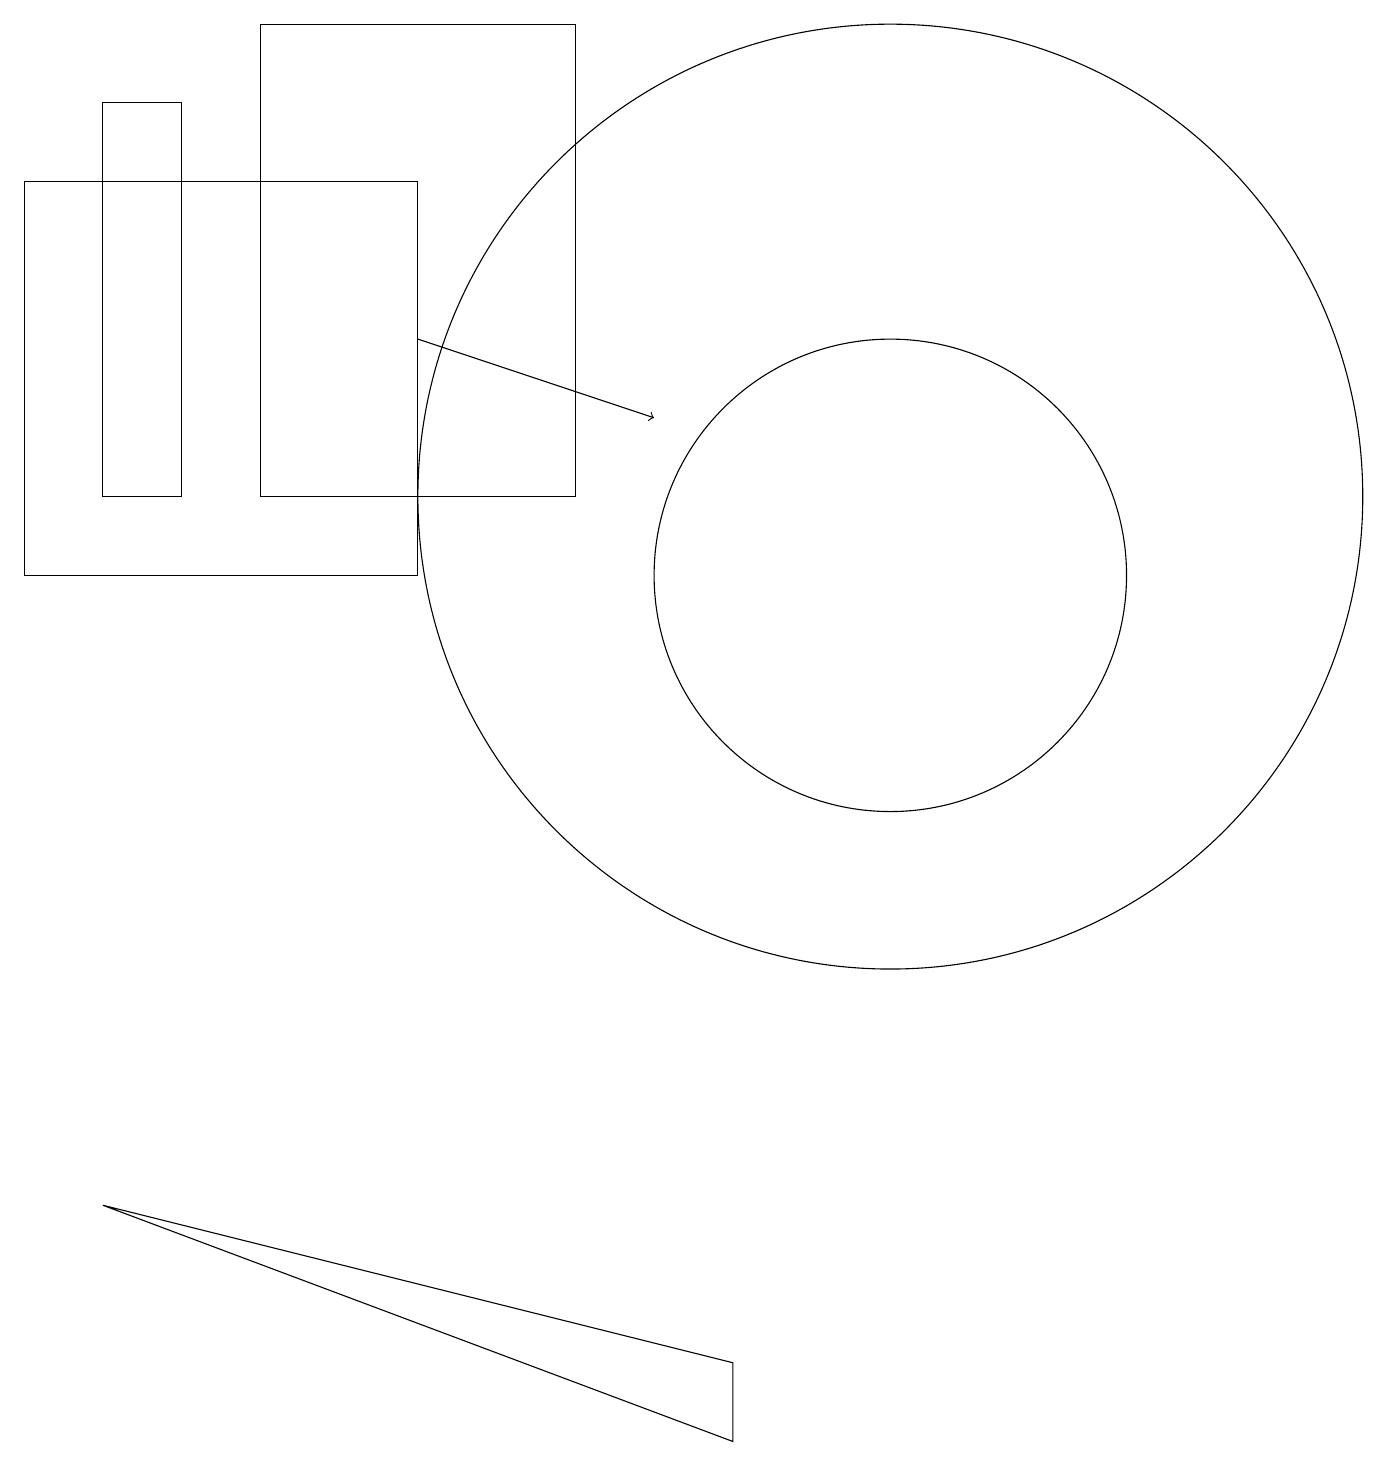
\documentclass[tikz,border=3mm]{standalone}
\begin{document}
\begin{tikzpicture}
\draw (5,16) rectangle (0,11);
\draw (9,0) -- (9,1) -- (1,3) -- cycle;
\draw (11,12) circle (6);
\draw (3,12) rectangle (7,18);
\draw (1,17) rectangle (2,12);
\draw (11,11) circle (3);
\draw[->] (5,14) -- (8,13);
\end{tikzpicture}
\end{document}